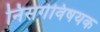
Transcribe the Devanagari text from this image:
निसर्गविषयक